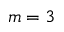
m = 3